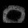
Digit: ၀